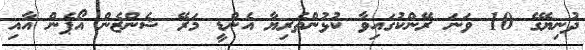
ދުނިޔޭގެ 10 ވަނަ ރޭންކުގައިވާ ކުޅުންތެރިޔާ އެންޑީ މަރޭ ޝެންޒެން އޯޕެން އާއި